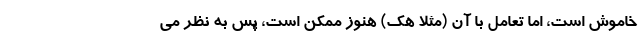
خاموش است، اما تعامل با آن (مثلاً هک) هنوز ممکن است، پس به نظر می